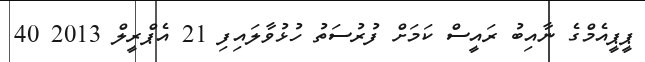
ޕީޕީއެމްގެ ނާއިބު ރައީސް ކަމަށް ފުރުސަތު ހުޅުވާލައިފި 21 އެޕްރީލް 2013 40